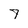
Character: 7